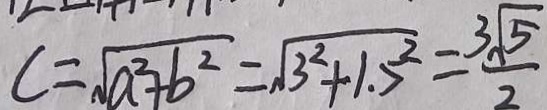
C = \sqrt { a ^ { 2 } + b ^ { 2 } } = \sqrt { 3 ^ { 2 } + 1 \cdot 5 ^ { 2 } } = \frac { 3 \sqrt { 5 } } { 2 }